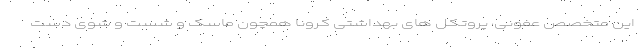
این متخصص عفونی، پروتکل های بهداشتی کرونا همچون ماسک و شست و شوی دست